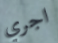
اجري